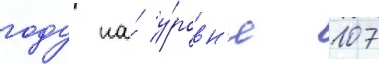
году на́ у́ровн'е 107